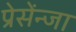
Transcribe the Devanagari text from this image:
प्रेसेंन्जा